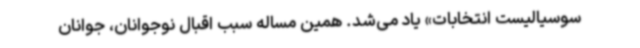
سوسیالیست انتخابات» یاد می‌شد. همین مساله سبب اقبال نوجوانان، جوانان